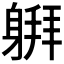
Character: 𰹅